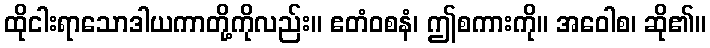
ထိုငါးရာသောဒါယကာတို့ကိုလည်း။ ဧတံဝစနံ၊ ဤစကားကို။ အဝေါစ၊ ဆို၏။